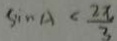
\sin A < \frac { 2 \pi } { 3 }